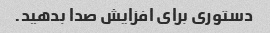
دستوری برای افزایش صدا بدهید.